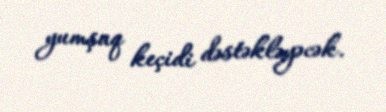
yumşaq keçidi dəstəkləyəcək.